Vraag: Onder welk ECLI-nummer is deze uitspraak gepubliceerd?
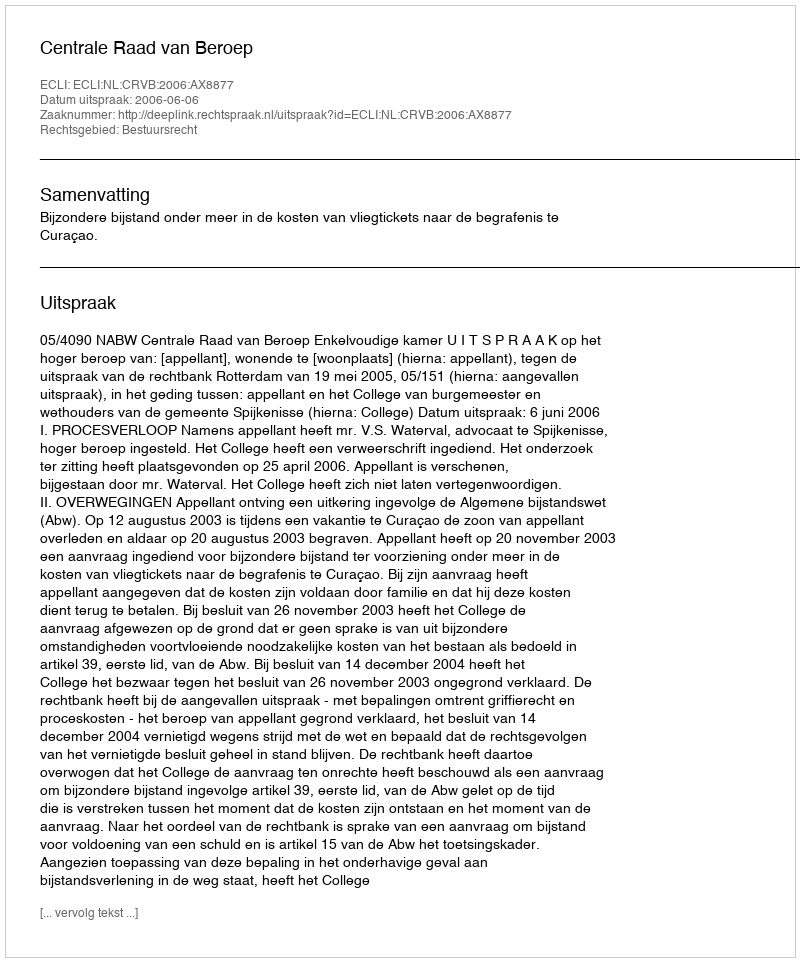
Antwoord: ECLI:NL:CRVB:2006:AX8877